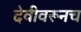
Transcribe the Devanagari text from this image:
देवीवरूनच